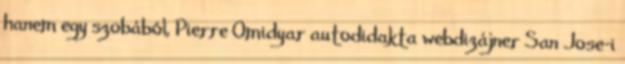
hanem egy szobából, Pierre Omidyar autodidakta webdizájner San Jose-i